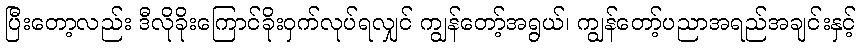
ပြီးတော့လည်း ဒီလိုခိုးကြောင်ခိုးဝှက်လုပ်ရလျှင် ကျွန်တော့်အရွယ်၊ ကျွန်တော့်ပညာအရည်အချင်းနှင့်